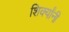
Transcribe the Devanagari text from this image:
शिर्क्यांनी